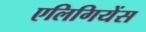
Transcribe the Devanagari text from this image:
एलिगियेंस